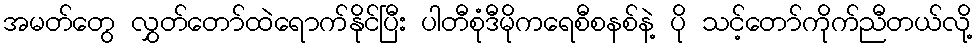
အမတ်တွေ လွှတ်တော်ထဲရောက်နိုင်ပြီး ပါတီစုံဒီမိုကရေစီစနစ်နဲ့ ပို သင့်တော်ကိုက်ညီတယ်လို့